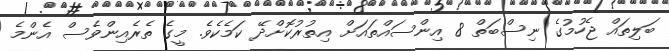
ބަލިތައް ޖެހުމުގެ ނިސްބަތް 8 އިންސައްތައަށް އިތުރުކޮށްދޭ ކަމެކެވެ. މީގެ ތެރެއިންވެސް އެންމެ